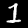
Digit: 1